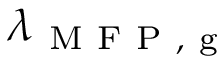
\lambda _ { \mathrm { ~ M ~ F ~ P ~ , ~ g ~ } }